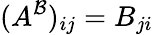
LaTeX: (A^{\mathcal{B}})_{ij}=B_{ji}